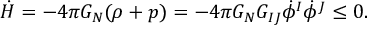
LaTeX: \dot { H } = - 4 \pi G _ { N } ( \rho + p ) = - 4 \pi G _ { N } G _ { I J } \dot { \phi } ^ { I } \dot { \phi } ^ { J } \leq 0 .